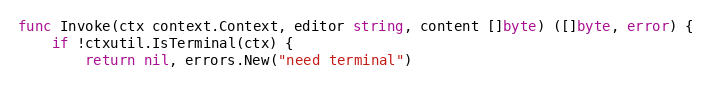
Language: Go
func Invoke(ctx context.Context, editor string, content []byte) ([]byte, error) {
	if !ctxutil.IsTerminal(ctx) {
		return nil, errors.New("need terminal")